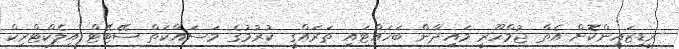
ރީޑިޒައިންކޮށް އެތާ ޖުމްހޫރީ މައިދާން ބަހައްޓައި ތަރައްގީ ކުރުމުގެ މަސައްކަތް ސޭޓޭޓް އިލެކްޓްރިކް